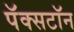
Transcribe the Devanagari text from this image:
पॅक्सटॉन